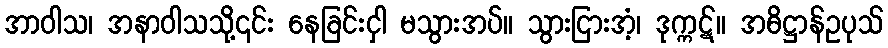
အာဝါသ၊ အနာဝါသသို့၎င်း နေခြင်းငှါ မသွားအပ်။ သွားငြားအံ့၊ ဒုက္ကဋ်။ အဓိဋ္ဌာန်ဥပုသ်